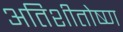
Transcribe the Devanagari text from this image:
अतिशीतोष्ण